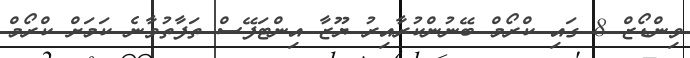
ވިންޑޯޒް 8 ގައި ކްރޯމް ބޭނުންކުރާއިރު ޔޫޒާ އިންޓަފޭސް ތަފާތުވާނެ ކަމަށް ކްރޯމް